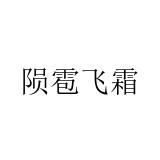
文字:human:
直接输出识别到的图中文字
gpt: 陨雹飞霜